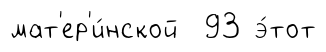
мат'ер'и́нской 93 э́тот